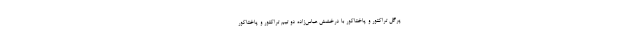
پرگل تراکتور و پاختاکور با درخشش عباس‌زاده دو تیم تراکتور و پاختاکور